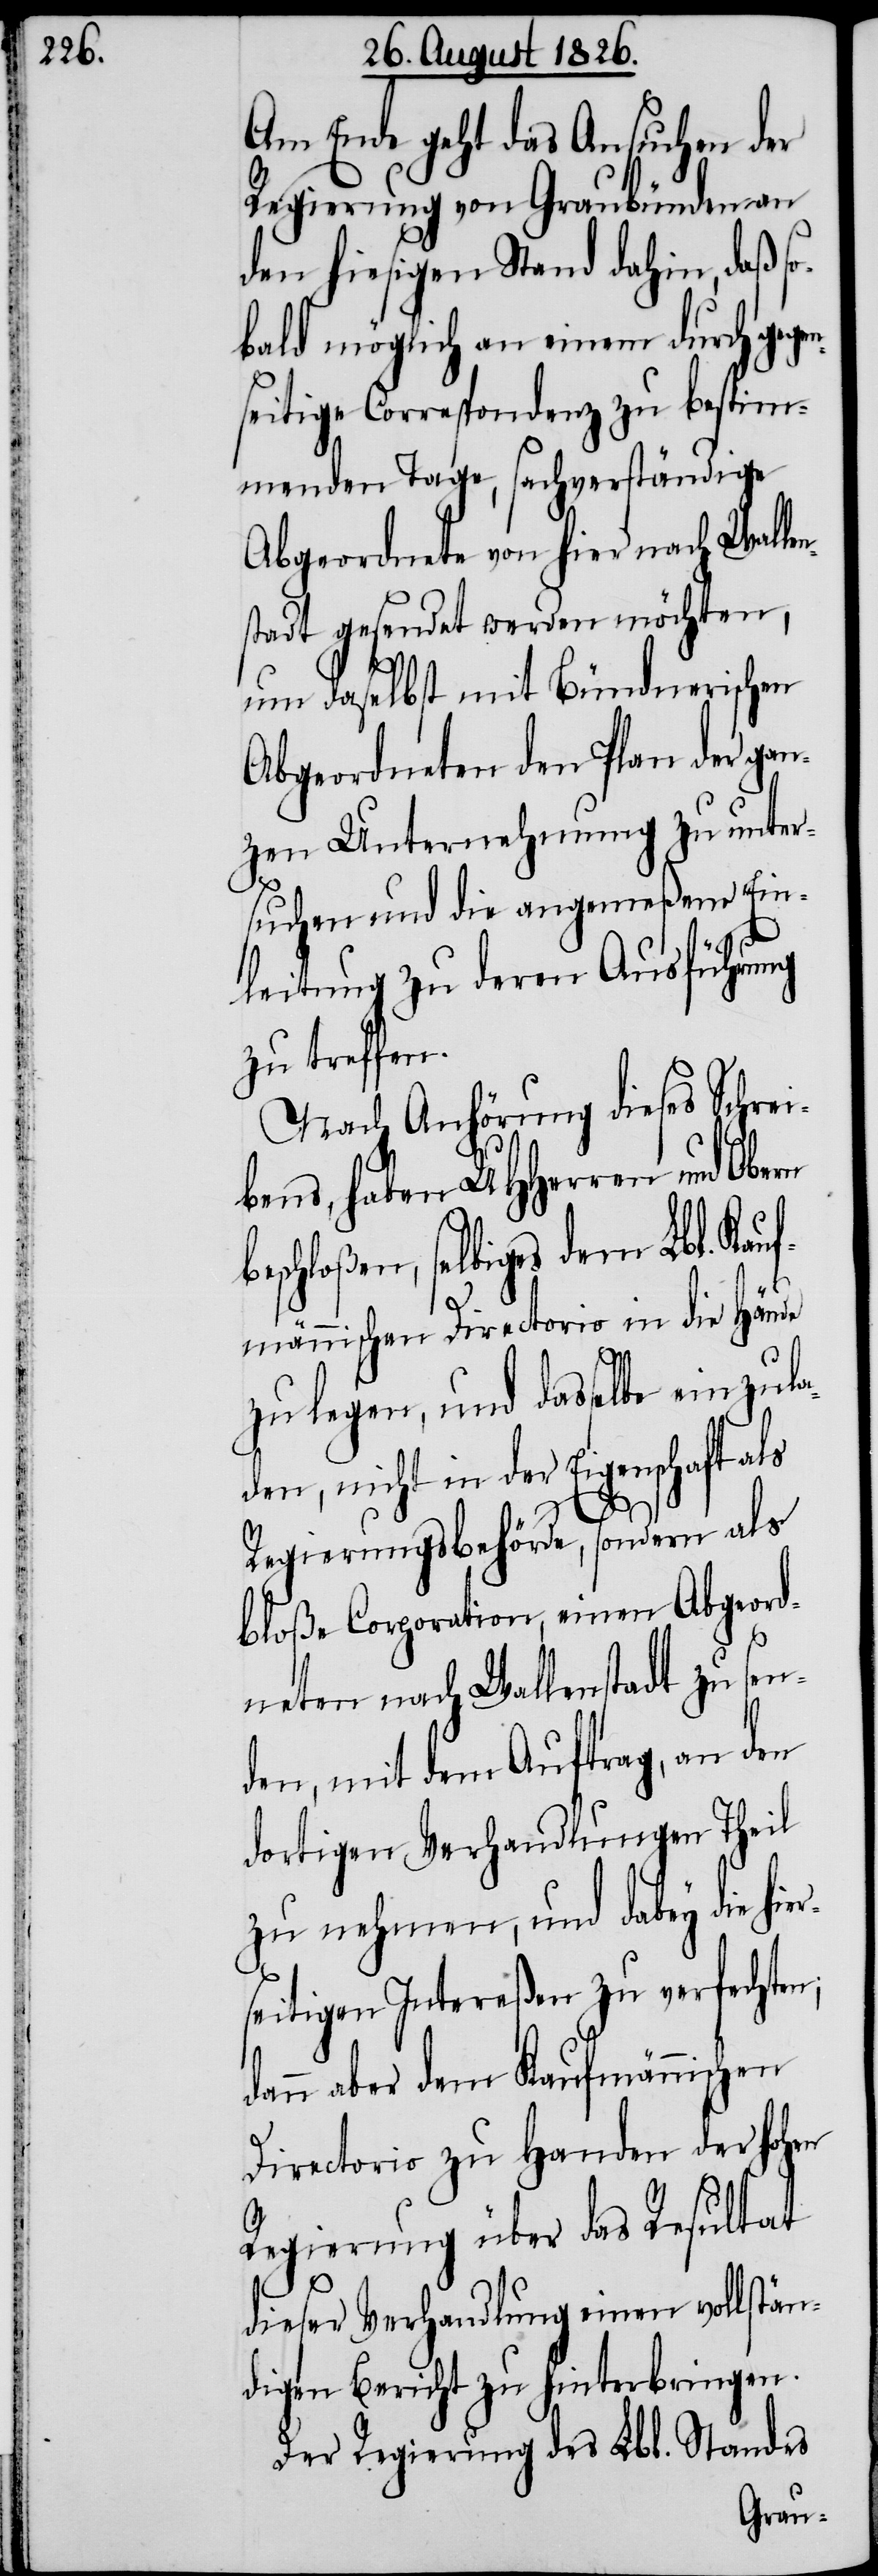
Am Ende geht das Ansuchen der
Regierung von Graubünden an
den hiesigen Stand dahin, daß s¬
obald möglich an einem durch gegen¬
seitige Correspondenz zu bestim¬
menden Tage, sachverständige
Abgeordnete von hier nach Wallen¬
stadt gesendet werden möchten,
um daselbst mit Bündnerischen
Abgeordneten den Plan der gan¬
zen Unternehmung zu unter¬
suchen und die angemeßene Ein¬
leitung zu deren Ausführung
zu treffen.
Nach Anhörung dieses Schrei¬
bens, haben MHHerren und Obern
eschloßen, selbiges dem Lbl. Kauf¬
männischen Directorio in die Hände
zu legen, und dasselbe einzula¬
den, nicht in der Eigenschaft als
er¬
Regierungsbehörde, sondern als
bloße Corporation, einen abgeord¬
neten nach Wallenstadt zu sen¬
den, mit dem Auftrag, an den
dortigen Verhandlungen Theil
zu nehmen, und dabey die hi¬
seitigen Intereßen zu verfechten;
dann aber dem Kaufmännischen
Directorio zu Handen der hohen
Regierung über das Resultat
dieser Verhandlung einen vollstän¬
digen Bericht zu hinterbringen.
Der Regierung des Lbl. Standes